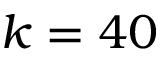
k = 4 0